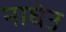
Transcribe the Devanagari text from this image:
नाघेउ